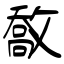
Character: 敿